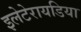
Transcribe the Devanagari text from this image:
इलेटेरायडिया